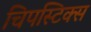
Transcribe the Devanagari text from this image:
चिपस्टिक्स